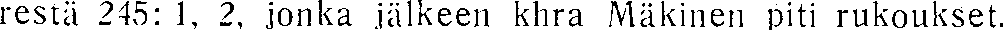
restä 245: 1, 2, jonka jälkeen khra Mäkinen piti rukoukset.